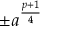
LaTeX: \pm a ^ { \frac { p + 1 } { 4 } }